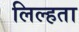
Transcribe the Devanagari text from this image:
लिल्हता